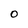
Character: O